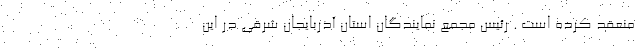
منعقد کرده است . رئيس مجمع نمايندگان استان آذربایجان شرقی در اين